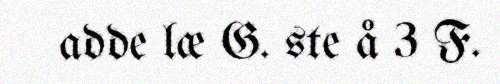
adde læ G. ste å 3 F.